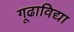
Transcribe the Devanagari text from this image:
गूढाविद्या